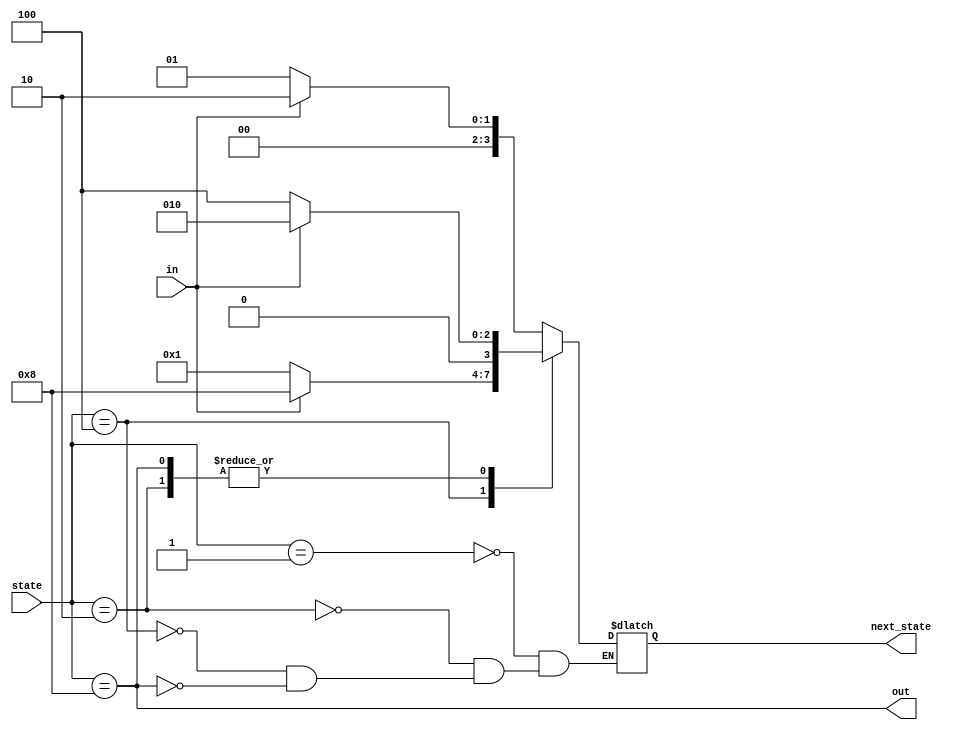
module top_module(
    input                in,
    input  [3:0]      state,
    output [3:0] next_state,
    output              out
);

    parameter A=4'b0001, B=4'b0010, C=4'b0100, D=4'b1000;
    // reg state,next_state;

    always@(*) begin
        case(state)
            A: next_state= in? B:A;
            B: next_state= in? B:C;
            C: next_state= in? D:A;
            D: next_state= in? B:C;
            // default: next_state = next_state; // 기본값 추가
        endcase
    end

    assign out=(state==D);



endmodule